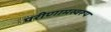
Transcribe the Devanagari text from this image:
परीणामस्वरूप